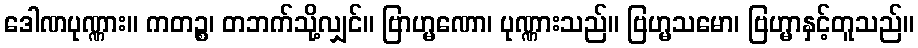
ဒေါဏပုဏ္ဏား။ ကတဉ္စ၊ တဘက်သို့လျှင်။ ဗြာဟ္မဏော၊ ပုဏ္ဏားသည်။ ဗြဟ္မသမော၊ ဗြဟ္မာနှင့်တူသည်။